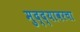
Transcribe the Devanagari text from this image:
मुद्द्यावरचा